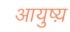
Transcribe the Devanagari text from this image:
आयुष्य़